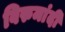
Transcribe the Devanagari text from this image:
विरुमांदी